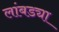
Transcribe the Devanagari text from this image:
लांबड्या